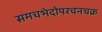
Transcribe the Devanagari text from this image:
समचभेदोपरचनचक्र